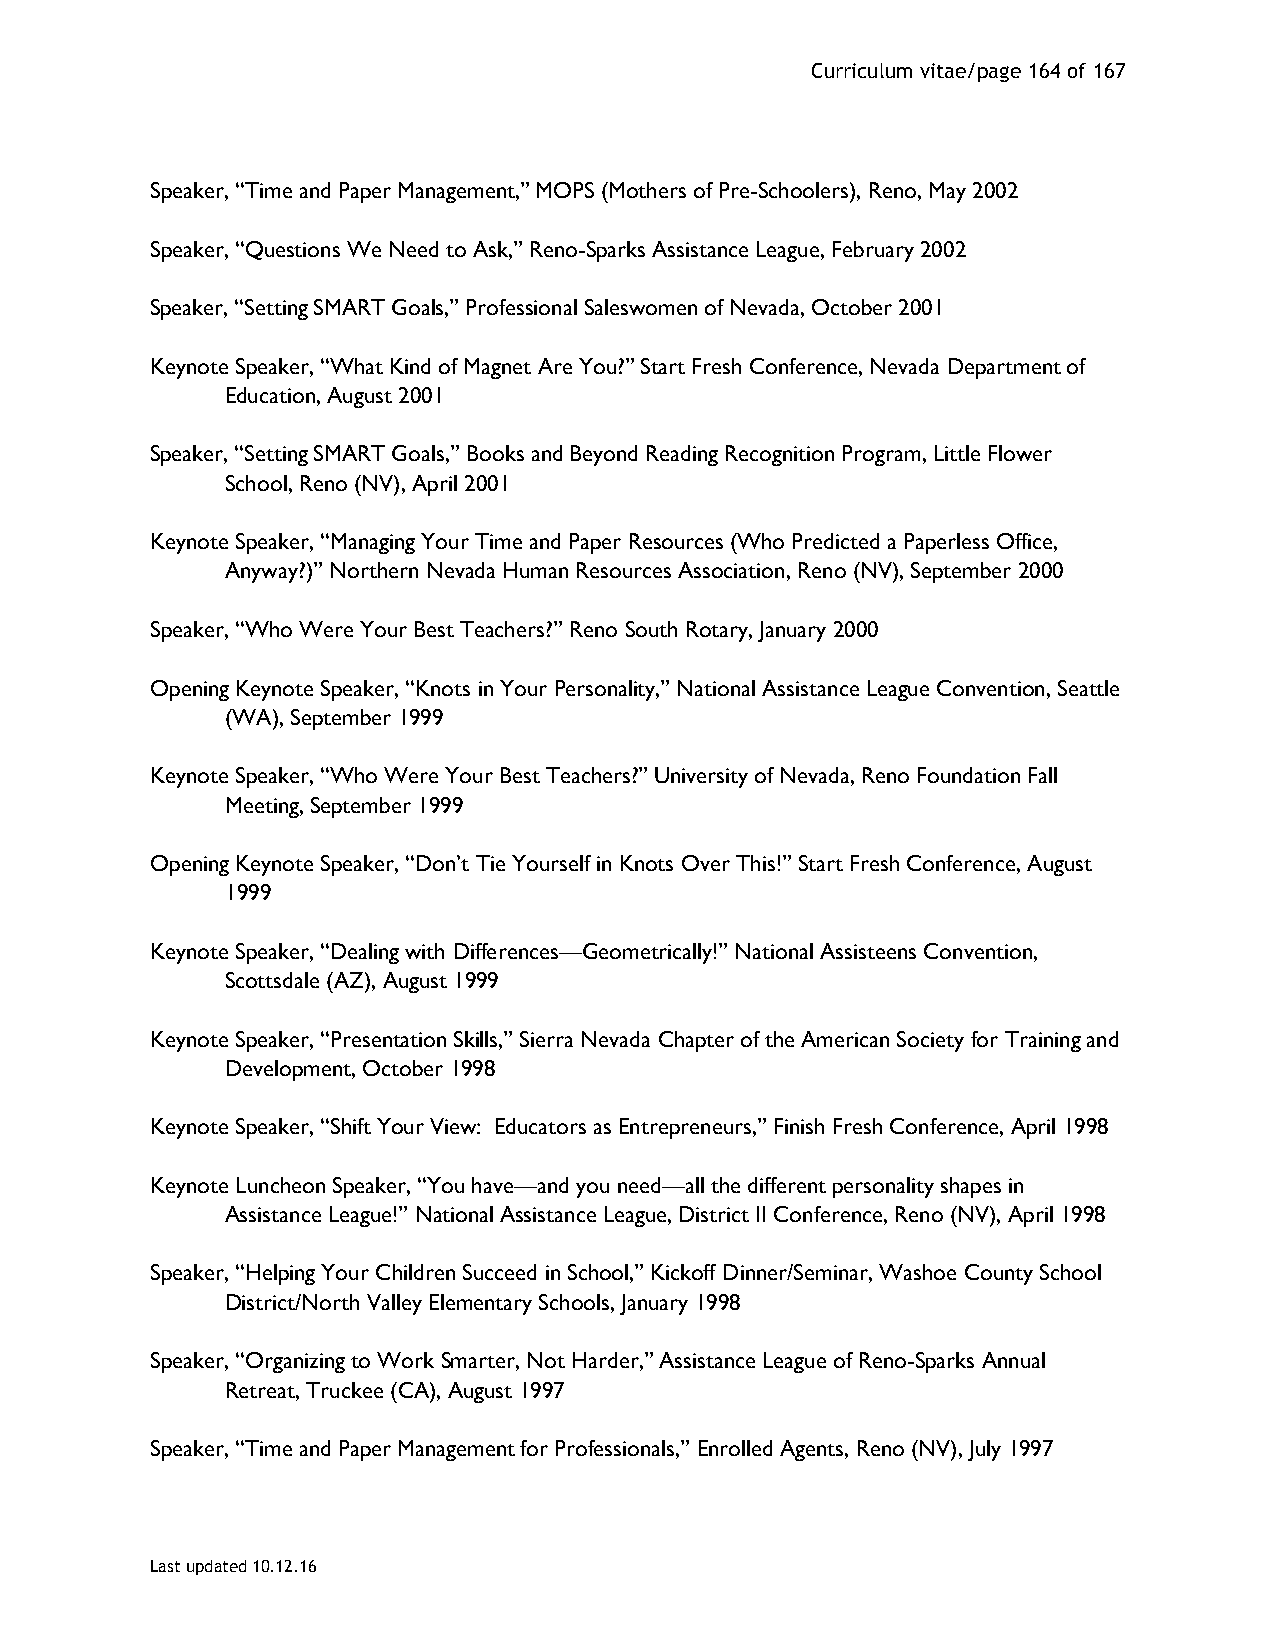
Curriculum vitae/page 164 of 167
 Speaker, “Time and Paper Management,” MOPS (Mothers of Pre-Schoolers), Reno, May 2002
 Speaker, “Questions We Need to Ask,” Reno-Sparks Assistance League, February 2002
 Speaker, “Setting SMART Goals,” Professional Saleswomen of Nevada, October 2001
 Keynote Speaker, “What Kind of Magnet Are You?” Start Fresh Conference, Nevada Department of
 Education, August 2001
 Speaker, “Setting SMART Goals,” Books and Beyond Reading Recognition Program, Little Flower
 School, Reno (NV), April 2001
 Keynote Speaker, “Managing Your Time and Paper Resources (Who Predicted a Paperless Office,
 Anyway?)” Northern Nevada Human Resources Association, Reno (NV), September 2000
 Speaker, “Who Were Your Best Teachers?” Reno South Rotary, January 2000
 Opening Keynote Speaker, “Knots in Your Personality,” National Assistance League Convention, Seattle
 (WA), September 1999
 Keynote Speaker, “Who Were Your Best Teachers?” University of Nevada, Reno Foundation Fall
 Meeting, September 1999
 Opening Keynote Speaker, “Don’t Tie Yourself in Knots Over This!” Start Fresh Conference, August
 1999
 Keynote Speaker, “Dealing with Differences—Geometrically!” National Assisteens Convention,
 Scottsdale (AZ), August 1999
 Keynote Speaker, “Presentation Skills,” Sierra Nevada Chapter of the American Society for Training and
 Development, October 1998
 Keynote Speaker, “Shift Your View: Educators as Entrepreneurs,” Finish Fresh Conference, April 1998
 Keynote Luncheon Speaker, “You have—and you need—all the different personality shapes in
 Assistance League!” National Assistance League, District II Conference, Reno (NV), April 1998
 Speaker, “Helping Your Children Succeed in School,” Kickoff Dinner/Seminar, Washoe County School
 District/North Valley Elementary Schools, January 1998
 Speaker, “Organizing to Work Smarter, Not Harder,” Assistance League of Reno-Sparks Annual
 Retreat, Truckee (CA), August 1997
 Speaker, “Time and Paper Management for Professionals,” Enrolled Agents, Reno (NV), July 1997
 Last updated 10.12.16